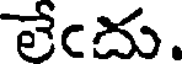
లేఁదు.